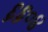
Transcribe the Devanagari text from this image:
६६०४